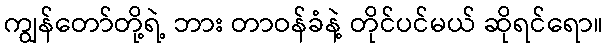
ကျွန်တော်တို့ရဲ့ ဘား တာဝန်ခံနဲ့ တိုင်ပင်မယ် ဆိုရင်ရော။